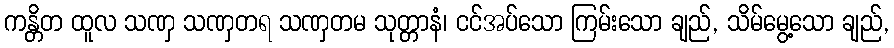
ကန္တိတ ထူလ သဏှ သဏှတရ သဏှတမ သုတ္တာနံ၊ ငင်အပ်သော ကြမ်းသော ချည်, သိမ်မွေ့သော ချည်,